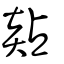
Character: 煔